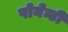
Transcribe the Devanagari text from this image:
पोनेन्टी